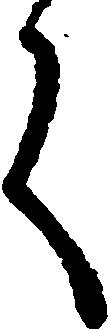
言